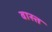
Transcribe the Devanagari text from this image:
वास्त